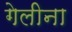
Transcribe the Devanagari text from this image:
गेलीना